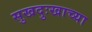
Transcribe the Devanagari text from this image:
सुखदुःखाच्या